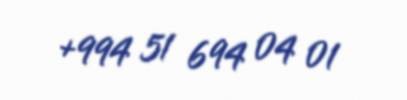
+994 51 694 04 01